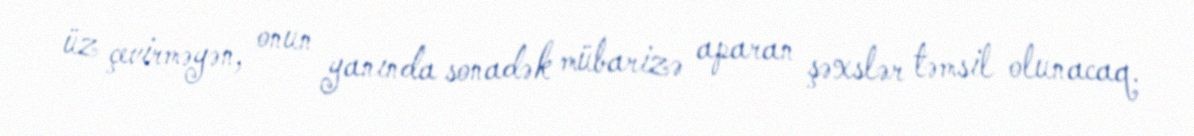
üz çevirməyən, onun yanında sonadək mübarizə aparan şəxslər təmsil olunacaq.